Vabadussoja_Ajaloo_Komitee, lk 46
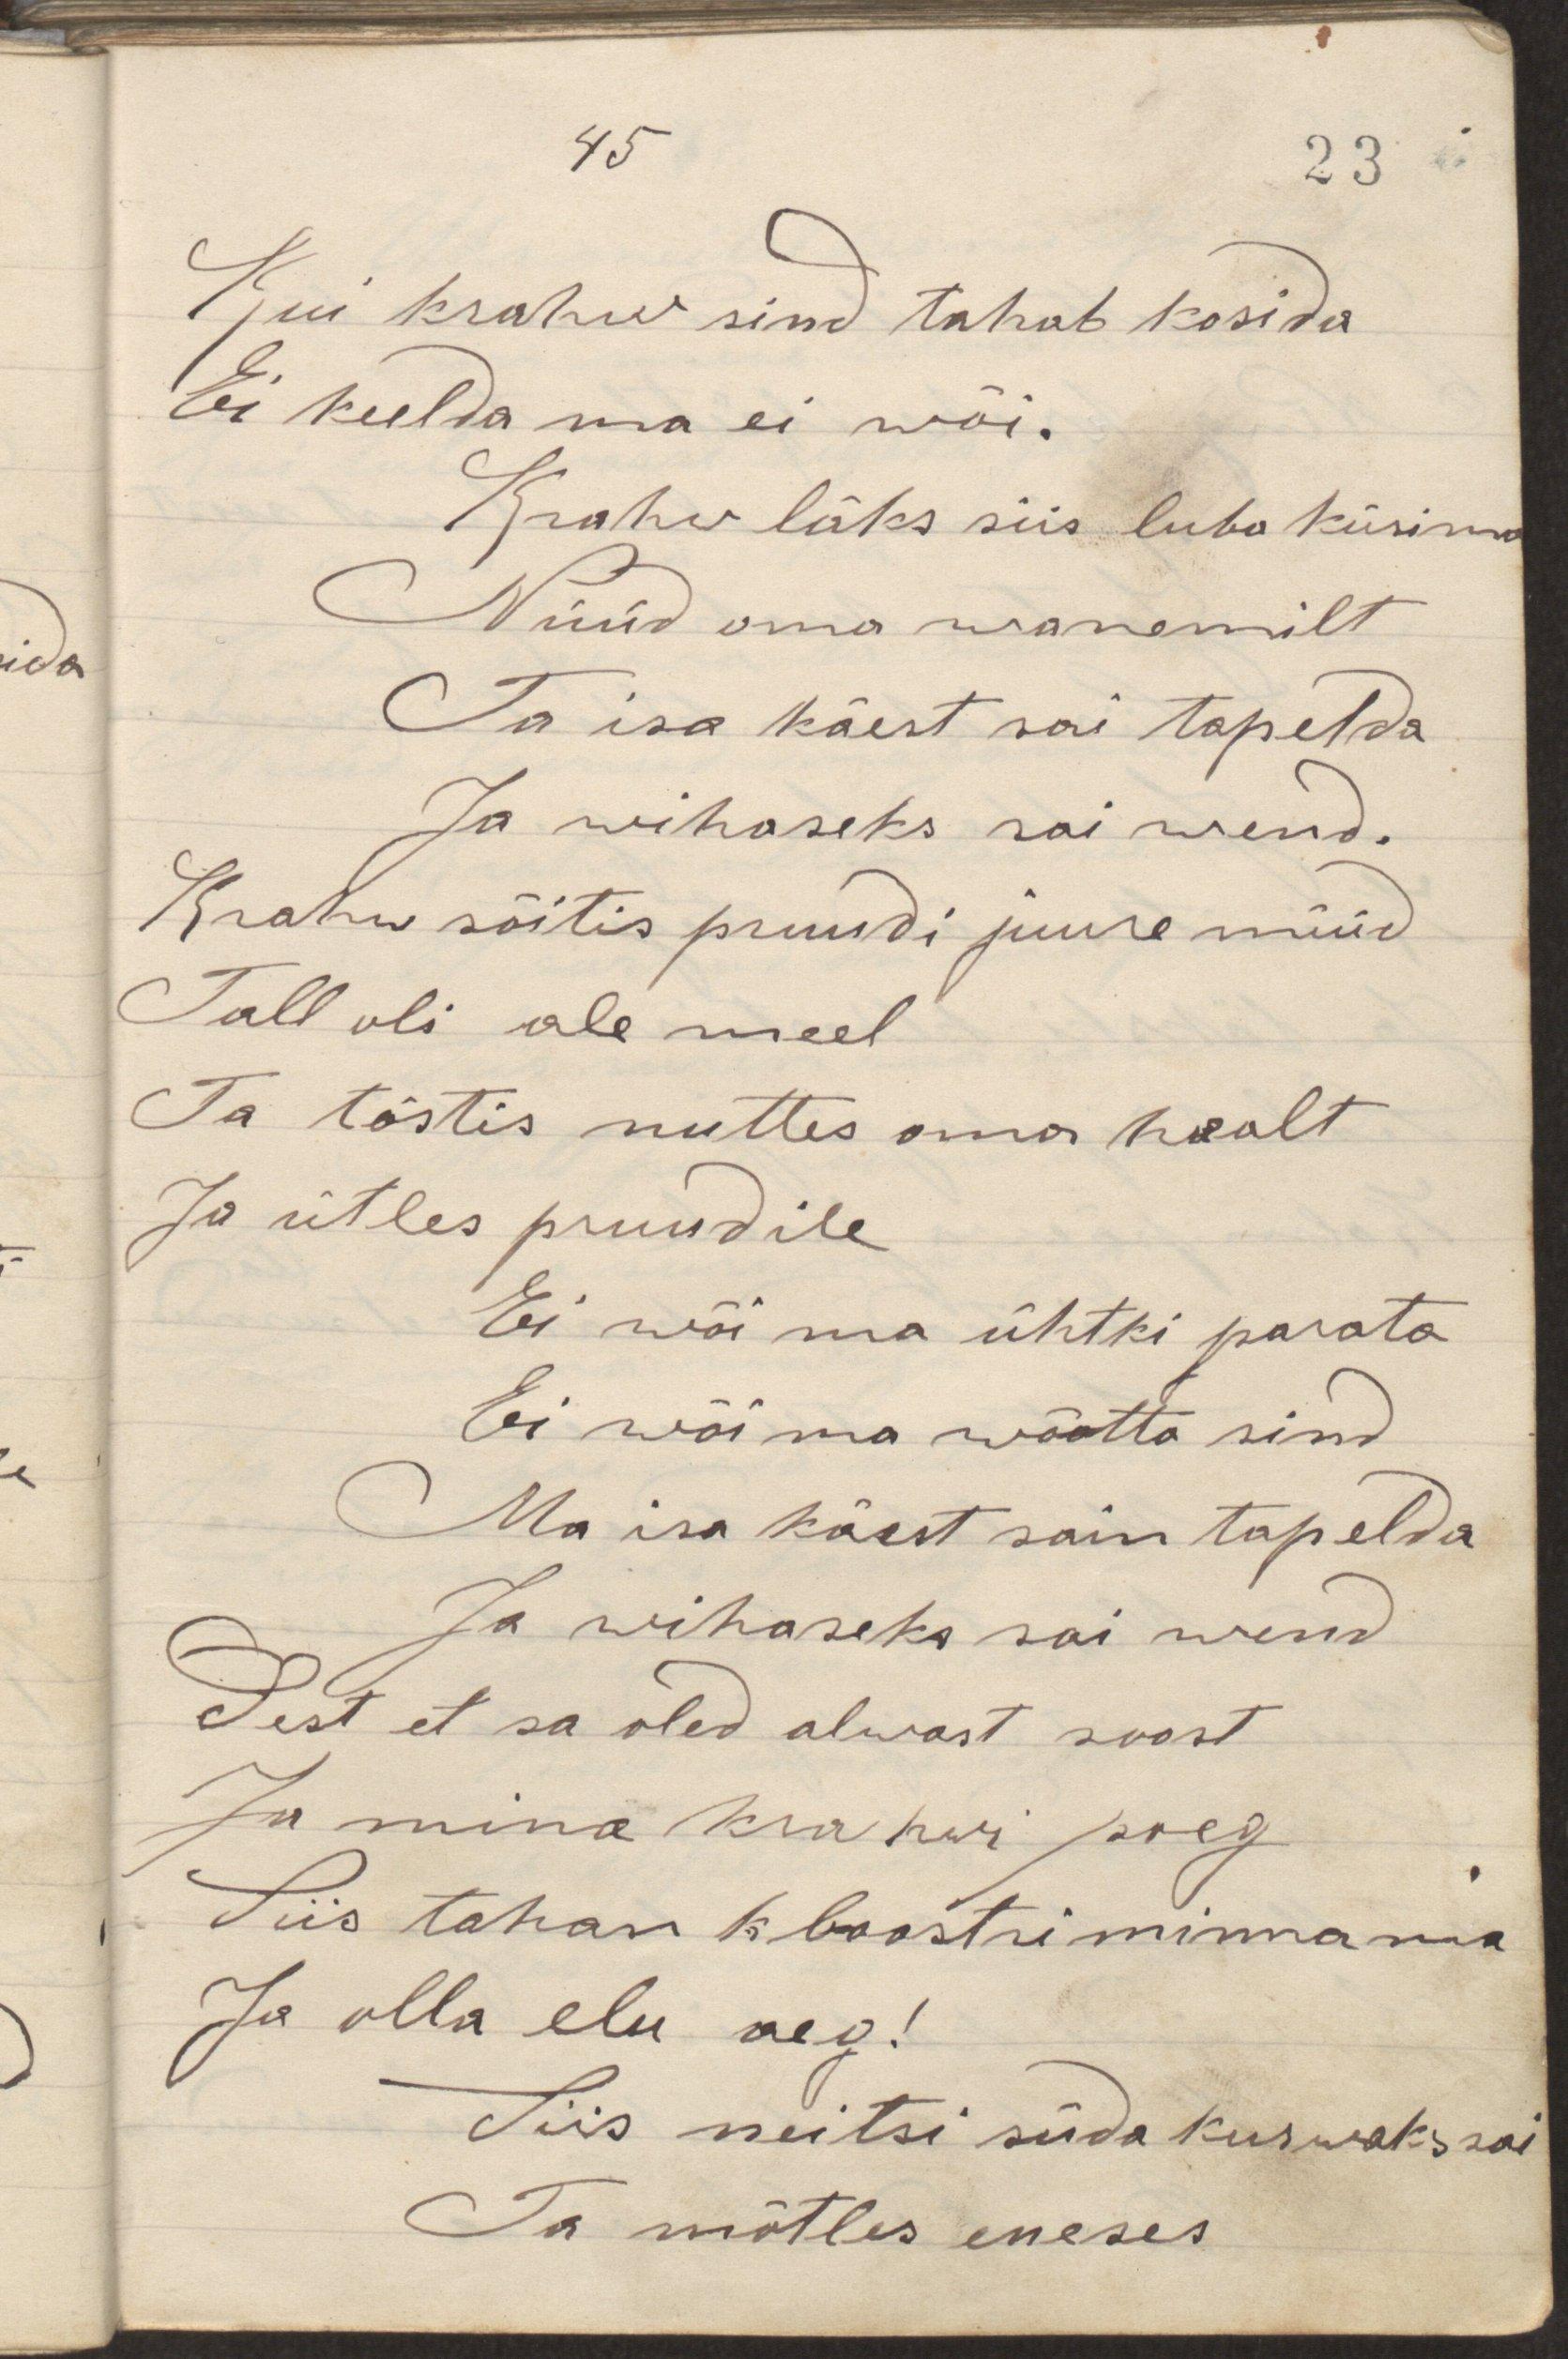
Kui krahw sind tahab kosida
Ei keelda ma ei wõi.
Krahw läks siis luba küsima
Nüüd oma wanemilt
Ta isa käest sai tapelda
Ja wihaseks sai wend.
Krahw sõitis pruudi juurde nüüd
Tall oli ale meel
Ta tõstis nuttes oma healt
Ja ütles pruudile
Ei wõi ma ühtki parata
Ei wõi ma wõtta sind
Ma isa käest sain tapelda
Ja wihaseks sai wend
Sest et sa oled alwast soost
Ja mina krahwi poeg
Siis tahan kloostri minna ma
Ja olla elu aeg!
Siis neitsi süda kurwaks sai
Ta mõtles eneses